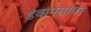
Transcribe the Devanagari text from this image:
डेवोनसायर